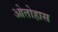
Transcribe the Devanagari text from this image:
ओतोहास